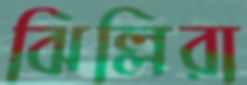
ঝিল্লিরা